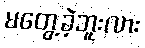
မတွေ့ခဲ့ဘူးလား